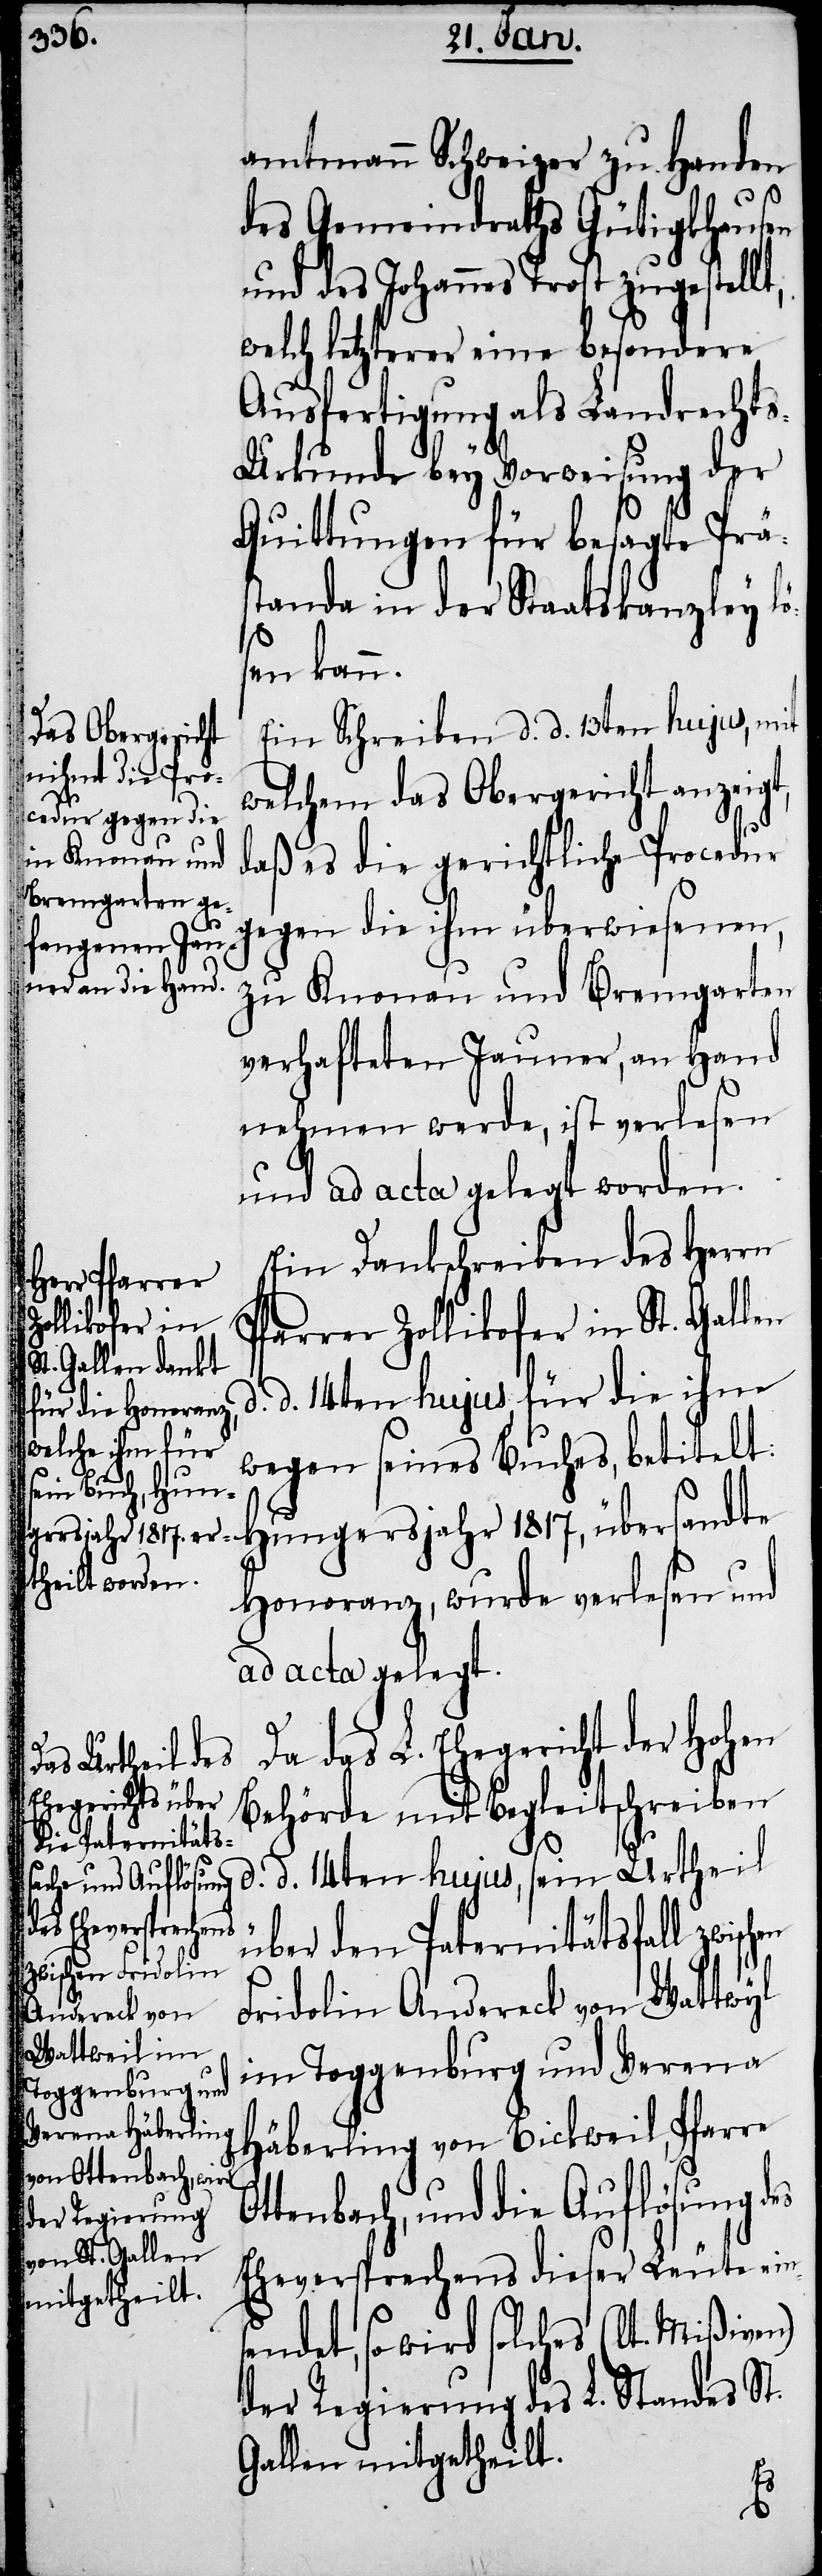
amtmann Schweizer zu Handen
des Gemeindraths Gütigkhausen
und des Johannes Trost zugestell¬
welch letzterer eine besondere
Ausfertigung als Landrecht¬
s-Urkunde bey Vorweisung der
Quittungen für besagte Präs¬
tanda in der Staatskanzley lö¬
sen kann.
Ein Schreiben d. d. 13ten hujus, mit
welchem das Obergericht anzeigt,
daß es die gerichtliche Procedur
gegen die ihm überwiesenen,
zu Knonau und Bremgarten
verhafteten Jauner, an Hand
nehmen werde, ist verlesen
und ad acta gelegt worden.
Ein Dankschreiben des Herrn
Pfarrer Zollikofer in St. Gallen
d. d. 14ten hujus für die ihm
wegen seines Buches, betitelt:
Hungersjahr 1817, übersandte
Honoranz, wurde verlesen und
ad acta gelegt.
Da das L. Ehegericht der Hohen
Behörde mit Begleitschreiben
d. d. 14ten hujus, sein Urtheil
über den Paternitätsfall zwisc¬
Fridolin Andereck von Wattwyl
im Toggenburg und Verena
Häberling von Bickweil, Pfarre
Ottenbach, und die Auflösung des
Eheversprechens dieser Leute ein¬
endet, so wird solches (lt. Mißiven)
der Regierung des L. Standes St.
Gallen mitgetheilt.
s¬